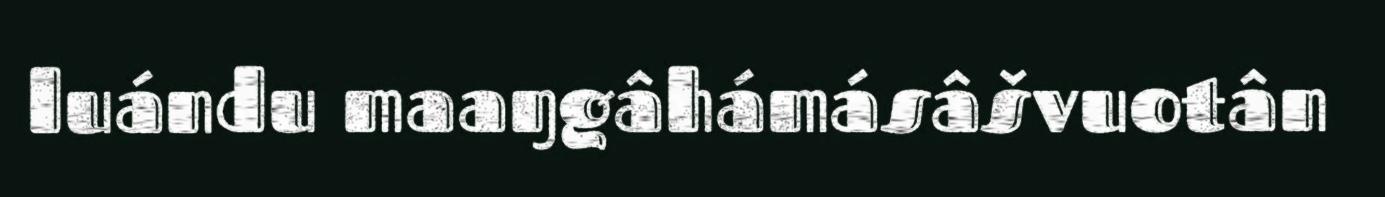
luándu maaŋgâhámásâšvuotân